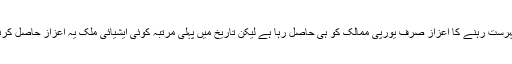
آج سے قبل اس میں سرفہرست رہنے کا اعزاز صرف یورپی ممالک کو ہی حاصل رہا ہے لیکن تاریخ میں پہلی مرتبہ کوئی ایشیائی ملک یہ اعزاز حاصل کرنے میں کا میاب ہوا ہے۔